Madras plague regulations in force outside the Presidency town - Volume 5
Disease focus: Plague
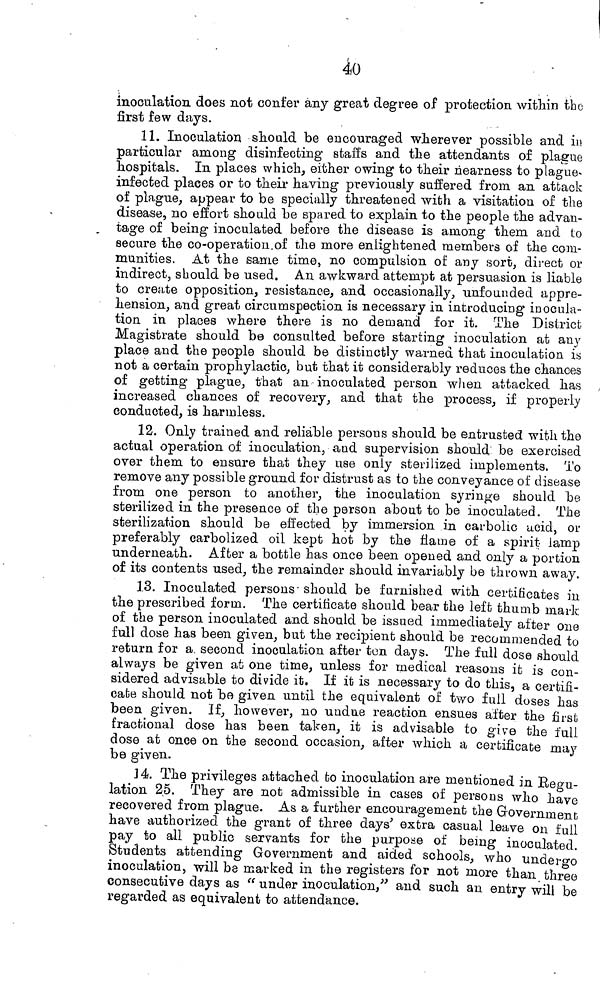
4o
inoculation does not confer any great degree of protection within thu
first few days.
11. Inoculation sïiould be encouraged wherever possible and in
particular among disinfecting staffs and the attendants of plague
hospitals. In places which, either owing to their nearness to plague-
infected places or to their having previously suffered from an attack
of plague, appear to be specially threatened with a visitation of the
disease, no effort should "be spared to explain to the people the advan-
tage of being inoculated before the disease is among them and to
secure the co-operation.of the more enlightened members of the com-
munities. At the same time, no compulsion of any sort, direct or
indirect, should be used. An awkward attempt at persuasion is liable
to create opposition, resistance, and occasionally, unfounded appre-
hension, and great circumspection is necessary in introducing* inocula-
tion in places where there is no demand for it. The District.
Magistrate should be consulted before starting inoculation at any
place and the people should be distinctly warned that inoculation is
not a certain prophylactic, but that it considerably reduces the chances
of getting plague, that an inoculated person when attacked has
increased chances of recovery, and that the process, if properly
conducted, is harmless.
12. Only trained and reliable persons should be entrusted with the
actual operation of inoculation, and supervision should, be exercised
over them to ensure that they use only sterilized implements. To
remove any possible ground for distrust as to the conveyance of disease
from one person to another, the inoculation syringe should be
sterilized in the preseace of the person about to be inoculated. The
sterilization should be effected by immersion in carbolic acid, or
preferably carbolized oil kept hot by the flame of a spirit lamp
underneath. After a bottle has once been opened and only a portion
of its contents used, the remainder should invariably be thrown away.
13. Inoculated persons' should be furnished with certificates in
the prescribed form. The certificate should bear the left thumb mark
of the person inoculated and should be issued immediately after one
full dose has been given, but the recipient should be recommended to
return for a second inoculation after ton days. The full dose should
always be given at one time, unless for medical reasons it is con-
sidered advisable to divide it. If it is necessary to do this, a certifi-
cate should not be given until the equivalent of two full doses has
been given. If, however, no undue reaction ensues after the first
fractional dose has been taken, it is advisable to give the full
dose at once on the second occasion, after which a certificate may
be given.
14. The privileges attached fco inoculation are mentioned in Regu-
lation 25. They are not admissible in cases of persons who have
recovered from plague. As a further encouragement the Government
have authorized the grant of three days' extra casual leave on full
pay to all public servants for the purpose of being inoculated.
Students attending Government and aided schools, who undergo
inoculation, will be marked in the registers for not more than three
consecutive days as " under inoculation," and such an entry will be
regarded as equivalent to attendance.